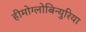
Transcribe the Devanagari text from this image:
हीमोग्लोबिन्युरिया